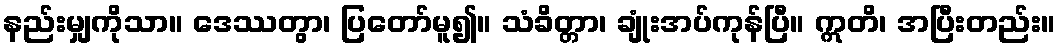
နည်းမျှကိုသာ။ ဒေဿတွာ၊ ပြတော်မူ၍။ သံခိတ္တာ၊ ချုံးအပ်ကုန်ပြီ။ ဣတိ၊ အပြီးတည်း။